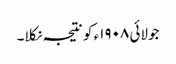
جولائی ١٩٠٨ء کو نتیجہ نکلا۔